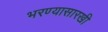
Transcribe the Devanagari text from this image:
भरण्यासारखी